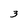
Character: 3